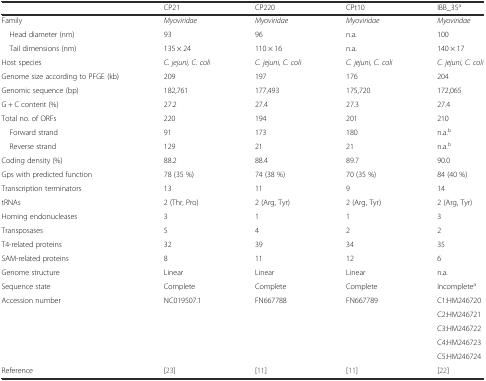
<table><thead><tr><td>[EMPTY_CELL]</td><td><b>CP21</b></td><td><b>CP220</b></td><td><b>CPt10</b></td><td><b>IBB_35<sup>a</sup></b></td></tr></thead><tbody><tr><td>Family</td><td><i>Myoviridae</i></td><td><i>Myoviridae</i></td><td><i>Myoviridae</i></td><td><i>Myoviridae</i></td></tr><tr><td> Head diameter (nm)</td><td>93</td><td>96</td><td>n.a.</td><td>100</td></tr><tr><td> Tail dimensions (nm)</td><td>135 × 24</td><td>110 × 16</td><td>n.a.</td><td>140 × 17</td></tr><tr><td>Host species</td><td><i>C. jejuni, C. coli</i></td><td><i>C. jejuni, C. coli</i></td><td><i>C. jejuni, C. coli</i></td><td><i>C. jejuni, C. coli</i></td></tr><tr><td>Genome size according to PFGE (kb)</td><td>209</td><td>197</td><td>176</td><td>204</td></tr><tr><td>Genomic sequence (bp)</td><td>182,761</td><td>177,493</td><td>175,720</td><td>172,065</td></tr><tr><td>G + C content (%)</td><td>27.2</td><td>27.4</td><td>27.3</td><td>27.4</td></tr><tr><td>Total no. of ORFs</td><td>220</td><td>194</td><td>201</td><td>210</td></tr><tr><td> Forward strand</td><td>91</td><td>173</td><td>180</td><td>n.a.<sup>b</sup></td></tr><tr><td> Reverse strand</td><td>129</td><td>21</td><td>21</td><td>n.a.<sup>b</sup></td></tr><tr><td>Coding density (%)</td><td>88.2</td><td>88.4</td><td>89.7</td><td>90.0</td></tr><tr><td>Gps with predicted function</td><td>78 (35 %)</td><td>74 (38 %)</td><td>70 (35 %)</td><td>84 (40 %)</td></tr><tr><td>Transcription terminators</td><td>13</td><td>11</td><td>9</td><td>14</td></tr><tr><td>tRNAs</td><td>2 (Thr, Pro)</td><td>2 (Arg, Tyr)</td><td>2 (Arg, Tyr)</td><td>2 (Arg, Tyr)</td></tr><tr><td>Homing endonucleases</td><td>3</td><td>1</td><td>1</td><td>3</td></tr><tr><td>Transposases</td><td>5</td><td>4</td><td>2</td><td>2</td></tr><tr><td>T4-related proteins</td><td>32</td><td>39</td><td>34</td><td>35</td></tr><tr><td>SAM-related proteins</td><td>8</td><td>11</td><td>12</td><td>6</td></tr><tr><td>Genome structure</td><td>Linear</td><td>Linear</td><td>Linear</td><td>n.a.</td></tr><tr><td>Sequence state</td><td>Complete</td><td>Complete</td><td>Complete</td><td>Incomplete<sup>a</sup></td></tr><tr><td rowspan="5">Accession number</td><td rowspan="5">NC019507.1</td><td rowspan="5">FN667788</td><td rowspan="5">FN667789</td><td>C1:HM246720</td></tr><tr><td>C2:HM246721</td></tr><tr><td>C3:HM246722</td></tr><tr><td>C4:HM246723</td></tr><tr><td>C5:HM246724</td></tr><tr><td>Reference</td><td>[23]</td><td>[11]</td><td>[11]</td><td>[22]</td></tr></tbody></table>